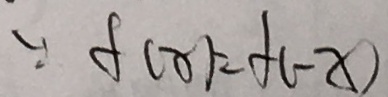
\because f ( x ) = f ( - x )